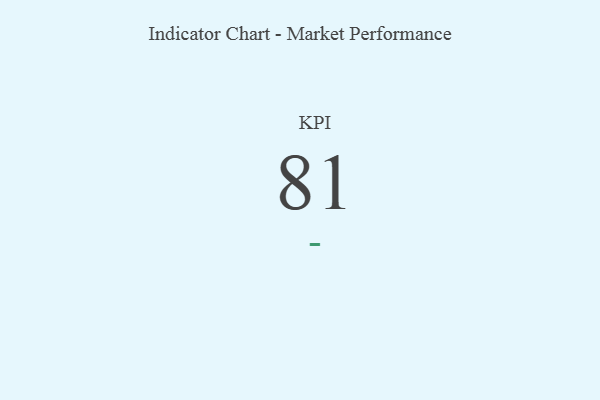
{"axis": {"x": "KPI", "y": "Value"}, "legend": [""], "data": [{"x": "KPI", "y": 81, "type": ""}]}